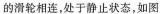
的滑轮相连，处于静止状态，如图